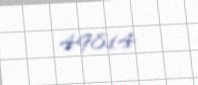
49814